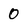
Character: 0